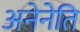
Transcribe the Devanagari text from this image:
अनेनेति